Medical and sanitary report of the native army of Madras for the year
Year: 1875
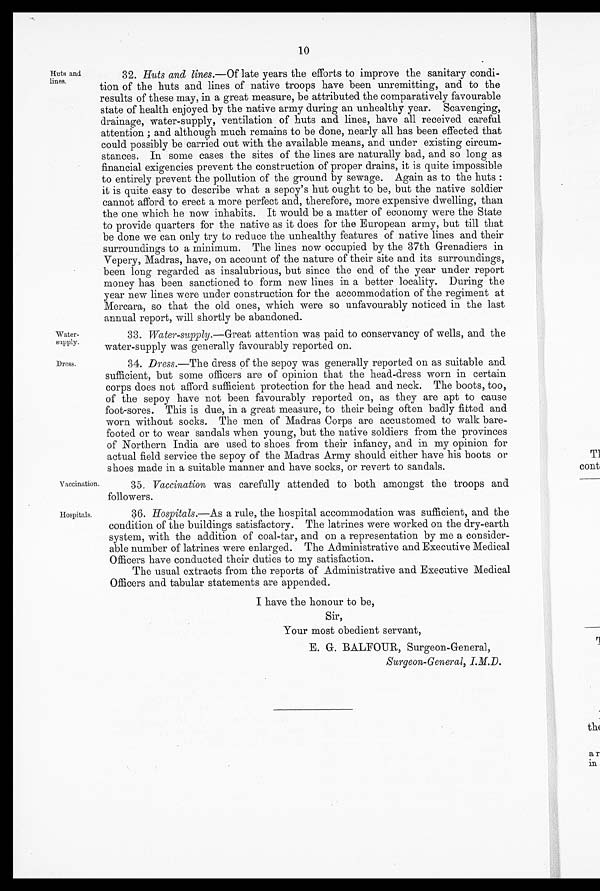
Water
-supply.
Dress.
10
Huts and
lines.
32. Huts and lines.— Of late years the efforts to improve the sanitary condi
-tion of the huts and lines of native troops have been unremitting, and to the
results of these may, in a great measure, be attributed the comparatively favourable
state of health enjoyed by the native army during an unhealthy year. Scavenging,
drainage, water-supply, ventilation of huts and lines, have all received careful
attention; and although much remains to be done, nearly all has been effected that
could possibly be carried out with the available means, and under existing circum
-stances. In some cases the sites of the lines are naturally bad, and so long as
financial exigencies prevent the construction of proper drains, it is quite impossible
to entirely prevent the pollution of the ground by sewage. Again as to the huts:
it is quite easy to describe what a sepoy's hut ought to be, but the native soldier
cannot afford to erect a more perfect and, therefore, more expensive dwelling, than
the one which he now inhabits. It would be a matter of economy were the State
to provide quarters for the native as it does for the European army, but till that
be done we can only try to reduce the unhealthy features of native lines and their
surroundings to a minimum. The lines now occupied by the 37th Grenadiers in
Vepery, Madras, have, on account of the nature of their site and its surroundings,
been long regarded as insalubrious, but since the end of the year under report
money has been sanctioned to form new lines in a better locality. During the
year new lines were under construction for the accommodation of the regiment at
Mercara, so that the old ones, which were so unfavourably noticed in the last
annual report, will shortly be abandoned.
Vaccination.
Hospitals.
33. Water-supply .—Great attention was paid to conservancy of wells, and the
water-supply was generally favourably reported on.
34. Dress.— The dress of the sepoy was generally reported on as suitable and
sufficient, but some officers are of opinion that the head-dress worn in certain
corps does not afford sufficient protection for the head and neck. The boots, too,
of the sepoy have not been favourably reported on, as they are apt to cause
foot-sores. This is due, in a great measure, to their being often badly fitted and
worn without socks. The men of Madras Corps are accustomed to walk bare
-footed or to wear sandals when young, but the native soldiers from the provinces
of Northern India are used to shoes from their infancy, and in my opinion for
actual field service the sepoy of the Madras Army should either have his boots or
shoes made in a suitable manner and have socks, or revert to sandals.
35. Vaccination was carefully attended to both amongst the troops and
followers.
36. Hospitals.— As a rule, the hospital accommodation was sufficient, and the
condition of the buildings satisfactory. The latrines were worked on the dry-earth
system, with the addition of coal-tar, and on a representation by me a consider
- a b l e n u m b e r o f l a t r i n e s w e r e e n l a r g e d . T h e A d m i n i s t r a t i v e a n d E x e c u t i v e M e d i c a l
Officers have conducted their duties to my satisfaction.
The usual extracts from the reports of Administrative and Executive Medical
Officers and tabular statements are appended.
I have the honour to be,
Sir,
Your most obedient servant,
E. G. BALFOUR, Surgeon-General,
Surgeon-General, I.M.D.